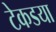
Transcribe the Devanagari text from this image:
टेकडया